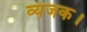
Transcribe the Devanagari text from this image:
व्यंजक।